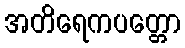
အတိရေကပတ္တော